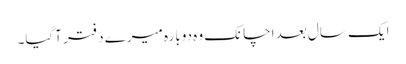
ایک سال بعد اچانک وہ دوبارہ میرے دفتر آگیا۔